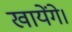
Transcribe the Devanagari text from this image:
खायेंगे।